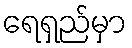
ရေရှည်မှာ